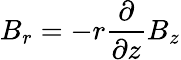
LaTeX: B_{r}=-r\frac{\partial}{\partial z}B_{z}